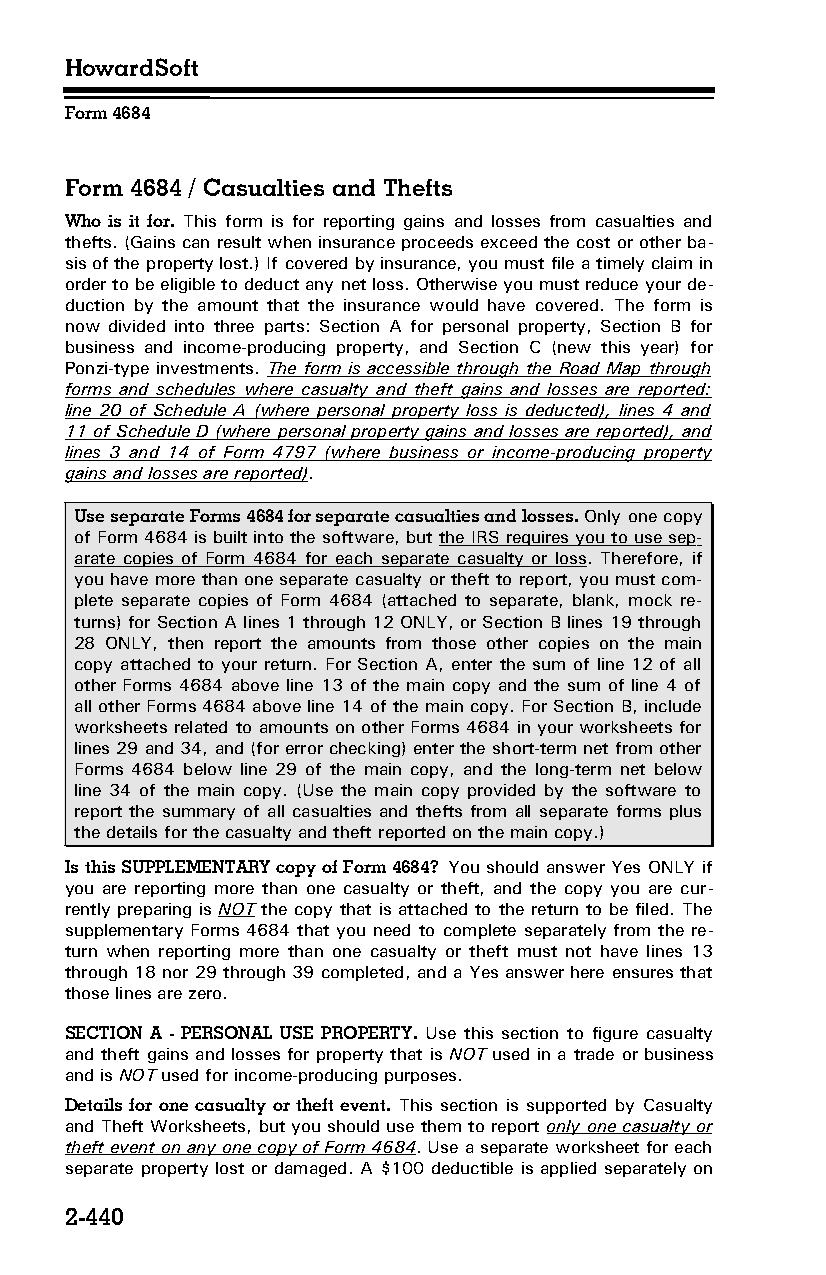
HowardSoft
 Form 4684
 Form 4684 / Casualties and Thefts
 Who is it for. This form is for reporting gains and losses from casualties and
 thefts. (Gains can result when insurance proceeds exceed the cost or other ba­
 sis of the property lost.) If covered by insurance, you must file a timely claim in
 order to be eligible to deduct any net loss. Otherwise you must reduce your de­
 duction by the amount that the insurance would have covered. The form is
 now divided into three parts: Section A for personal property, Section B for
 business and income-producing property, and Section C (new this year) for
 Ponzi-type investments. The form is accessible through the Road Map through
 forms and schedules where casualty and theft gains and losses are reported:
 line 20 of Schedule A (where personal property loss is deducted), lines 4 and
 11 of Schedule D (where personal property gains and losses are reported), and
 lines 3 and 14 of Form 4797 (where business or income-producing property
 gains and losses are reported).
 Use separate Forms 4684 for separate casualties and losses. Only one copy
 of Form 4684 is built into the software, but the IRS requires you to use sep­
 arate copies of Form 4684 for each separate casualty or loss. Therefore, if
 you have more than one separate casualty or theft to report, you must com­
 plete separate copies of Form 4684 (attached to separate, blank, mock re­
 turns) for Section A lines 1 through 12 ONLY, or Section B lines 19 through
 28 ONLY, then report the amounts from those other copies on the main
 copy attached to your return. For Section A, enter the sum of line 12 of all
 other Forms 4684 above line 13 of the main copy and the sum of line 4 of
 all other Forms 4684 above line 14 of the main copy. For Section B, include
 worksheets related to amounts on other Forms 4684 in your worksheets for
 lines 29 and 34, and (for error checking) enter the short-term net from other
 Forms 4684 below line 29 of the main copy, and the long-term net below
 line 34 of the main copy. (Use the main copy provided by the software to
 report the summary of all casualties and thefts from all separate forms plus
 the details for the casualty and theft reported on the main copy.)
 Is this SUPPLEMENTARY copy of Form 4684? You should answer Yes ONLY if
 you are reporting more than one casualty or theft, and the copy you are cur­
 rently preparing is NOT the copy that is attached to the return to be filed. The
 supplementary Forms 4684 that you need to complete separately from the re­
 turn when reporting more than one casualty or theft must not have lines 13
 through 18 nor 29 through 39 completed, and a Yes answer here ensures that
 those lines are zero.
 SECTION A - PERSONAL USE PROPERTY. Use this section to figure casualty
 and theft gains and losses for property that is NOT used in a trade or business
 and is NOT used for income-producing purposes.
 Details for one casualty or theft event. This section is supported by Casualty
 and Theft Worksheets, but you should use them to report only one casualty or
 theft event on any one copy of Form 4684. Use a separate worksheet for each
 separate property lost or damaged. A $100 deductible is applied separately on
 2-440